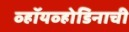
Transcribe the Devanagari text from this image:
व्हॉयव्होडिनाची